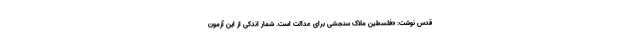
قدس نوشت: «فلسطین ملاک سنجشی برای عدالت است. شمار اندکی از این آزمون